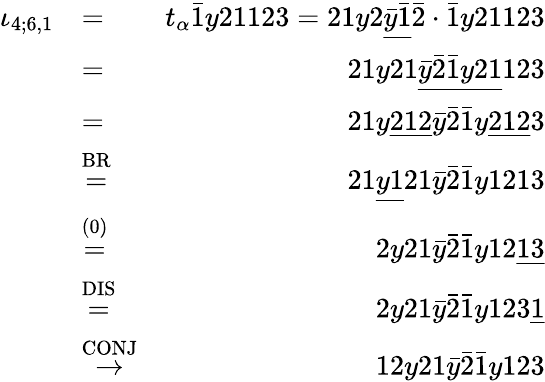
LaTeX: \begin{array}{rlr}{\iota_{4;6,1}}&{=}&{t_{\alpha}\bar{1}y21123=21y2\underline{{\bar{y}\bar{1}}}\bar{2}\cdot\bar{1}y21123}\\ &{=}&{21y21\underline{{\bar{y}\bar{2}\bar{1}y21}}123}\\ &{=}&{21y\underline{{212}}\bar{y}\bar{2}\bar{1}y\underline{{212}}3}\\ &{\stackrel{\mathrm{BR}}{=}}&{21\underline{{y1}}21\bar{y}\bar{2}\bar{1}y1213}\\ &{\stackrel{\mathrm{(0)}}{=}}&{2y21\bar{y}\bar{2}\bar{1}y12\underline{{13}}}\\ &{\stackrel{\mathrm{DIS}}{=}}&{2y21\bar{y}\bar{2}\bar{1}y123\underline{{1}}}\\ &{\stackrel{\mathrm{CONJ}}{\to}}&{12y21\bar{y}\bar{2}\bar{1}y123}\end{array}